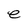
Character: e